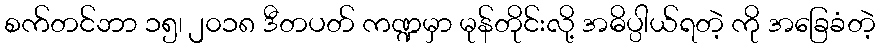
စက်တင်ဘာ ၁၅၊ ၂၀၁၈ ဒီတပတ် ကဏ္ဍမှာ မုန်တိုင်းလို့ အဓိပ္ပါယ်ရတဲ့ ကို အခြေခံတဲ့